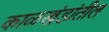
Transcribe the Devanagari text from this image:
काळखंडांतील